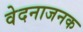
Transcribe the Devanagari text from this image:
वेदनाजनक